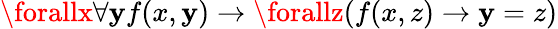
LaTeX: \forallx\forall\mathbf{y}f(x,\mathbf{y})\rightarrow\forallz(f(x,z)\rightarrow\mathbf{y}=z)